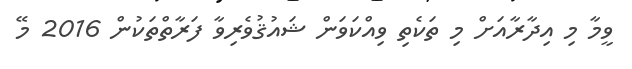
ވީމާ މި އިދާރާއަށް މި ތަކެތި ވިއްކަވަން ޝައުޤުވެރިވާ ފަރާތްތަކުން 2016 މޭ